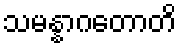
သမန္နာဂတောတိ